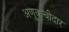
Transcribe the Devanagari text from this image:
अणुकुचीदार